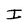
Character: I